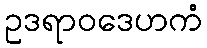
ဥဒရာဝဒေဟကံ